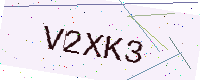
Text: V2XK3